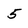
Character: 5